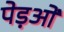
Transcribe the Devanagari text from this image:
पेड़ओं